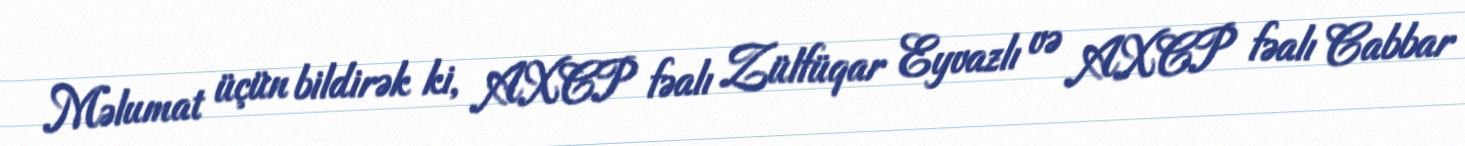
Məlumat üçün bildirək ki, AXCP fəalı Zülfüqar Eyvazlı və AXCP fəalı Cabbar